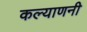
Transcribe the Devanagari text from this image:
कल्याणनी